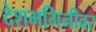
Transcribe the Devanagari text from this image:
देशभगिनीवर